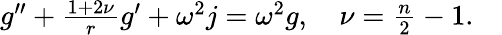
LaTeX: \begin{array}{r}{g^{\prime\prime}+\frac{1+2\nu}{r}g^{\prime}+\omega^{2}j=\omega^{2}g,\quad\nu=\frac{n}{2}-1.\quad}\end{array}